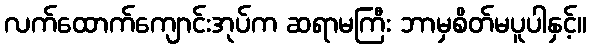
လက်ထောက်ကျောင်းအုပ်က ဆရာမကြီး ဘာမှစိတ်မပူပါနှင့်။